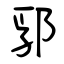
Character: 郛